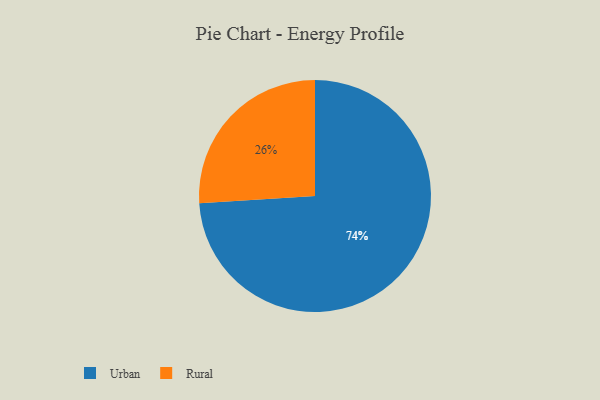
{"axis": {"x": "Category", "y": "Percentage"}, "legend": ["Rural", "Urban"], "data": [{"x": "Rural", "y": 26, "type": "Rural"}, {"x": "Urban", "y": 74, "type": "Urban"}]}